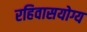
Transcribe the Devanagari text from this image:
रहिवासयोग्य